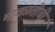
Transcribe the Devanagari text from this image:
मावळतीची